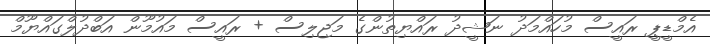
އެމްޑީޕީ ރައީސް މުހައްމަދު ނަޝީދު ރައްޔިތުންގެ މަޖިލިސް + ރައީސް މައުމޫން އަބްދުލްގައްޔޫމް